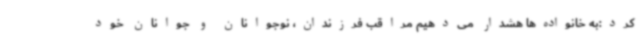
کرد:به خانواده‌ها هشدار می‌دهیم مراقب فرزندان، نوجوانان و جوانان خود